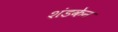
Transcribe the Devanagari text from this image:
शंडकेन